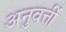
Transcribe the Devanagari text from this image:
अनुवर्त्ती